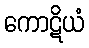
ကောဋိယံ